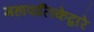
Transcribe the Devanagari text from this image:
महापालिकेद्वारे